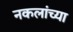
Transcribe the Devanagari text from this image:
नकलांच्या